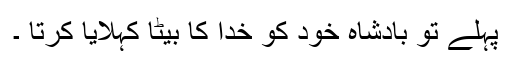
پہلے تو بادشاہ خود کو خدا کا بیٹا کہلایا کرتا ۔